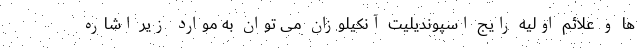
ها و علائم اولیه رایج اسپوندیلیت آنکیلوزان می توان به موارد زیر اشاره